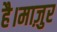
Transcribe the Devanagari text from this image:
है।माज़ुर